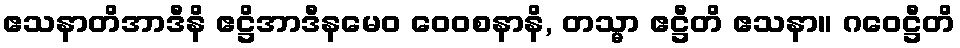
ဧသနာတိအာဒီနိ ဧဋ္ဌိအာဒီနမေဝ ဝေဝစနာနိ, တသ္မာ ဧဋ္ဌီတိ ဧသနာ။ ဂဝေဋ္ဌီတိ